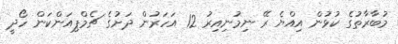
މުބާރާތުގެ ކުޅުން އިއްޔެ ރޭ ނިމުނިއިރު 12 އަހަރުން ދަށުގެ ޗެމްޕިއަންކަން ހޯދީ